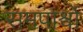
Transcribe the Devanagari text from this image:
समपार्श्वो